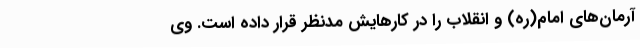
آرمان‌های امام(ره) و انقلاب را در کارهایش مدنظر قرار داده است. وی